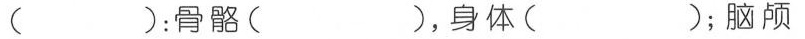
()：骨骼()，身体()；脑颅